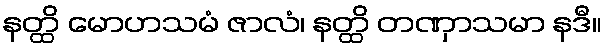
နတ္ထိ မောဟသမံ ဇာလံ၊ နတ္ထိ တဏှာသမာ နဒီ။